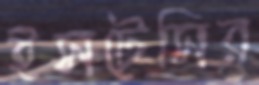
ইসটেসির